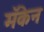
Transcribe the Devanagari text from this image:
मॅकेन